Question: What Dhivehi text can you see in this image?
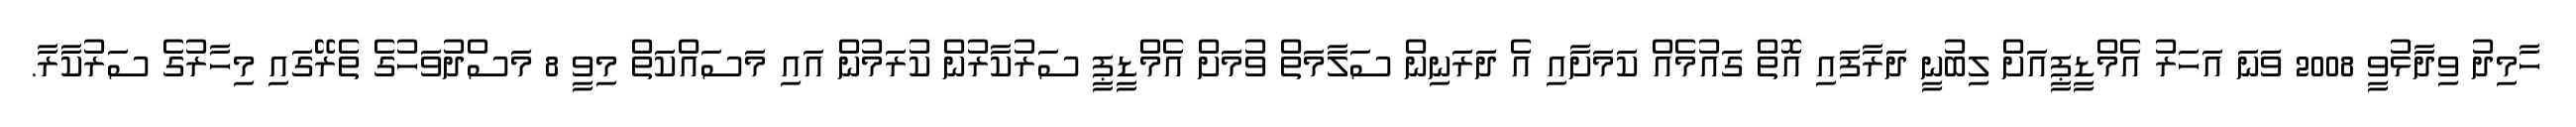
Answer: ހާމިދު ވިދާޅުވީ 2008 ވަނަ އަހަރު އެމްޑީޕީއަށް ލިބުނީ ދަރާފައި އޮތް ގައުމެއް ކަމަށާއި އެ ދަރަނިން ސަލާމަތް ވުމަށް އެމްޑީޕީ ސަރުކާރުން ކުރަމުން އައި މަސައްކަތް މިވީ 8 މަސްދުވަހުގެ ތެރޭގައި މިހާރުގެ ސަރުކާރާ.